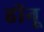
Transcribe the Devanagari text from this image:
हीनू